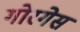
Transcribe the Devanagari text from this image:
गोरगेस